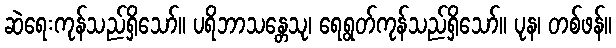
ဆဲရေးကုန်သည်ရှိသော်။ ပရိဘာသန္တေသု၊ ရေရွတ်ကုန်သည်ရှိသော်။ ပုန၊ တစ်ဖန်။